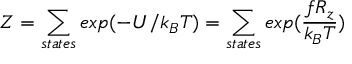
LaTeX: Z = \sum _ { s t a t e s } e x p ( - U / k _ { B } T ) = \sum _ { s t a t e s } e x p ( { \frac { f R _ { z } } { k _ { B } T } } )